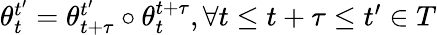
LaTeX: \begin{array}{r}{\theta_{t}^{t^{\prime}}=\theta_{t+\tau}^{t^{\prime}}\circ\theta_{t}^{t+\tau},\forall t\leq t+\tau\leq t^{\prime}\in T}\end{array}